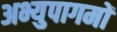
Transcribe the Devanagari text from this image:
अभ्युपागमों